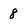
Character: 8